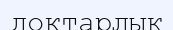
доктарлық